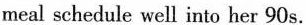
meal schedule well into her 90s.